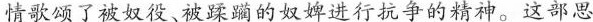
情歌颂了被奴役、被踩蹦的奴婢进行抗争的精神。这部思